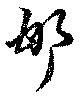
邯